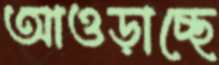
আওড়াচ্ছে